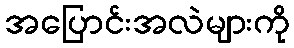
အပြောင်းအလဲများကို